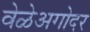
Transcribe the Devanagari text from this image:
वेळेअगोदर